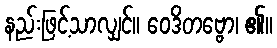
နည်းဖြင့်သာလျှင်။ ဝေဒိတဗ္ဗော၊ ၏။